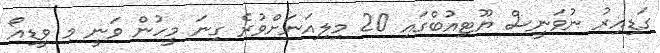
ގަޑިއިރު ނުވަނީސް ޔޫޓިއުބްގައި 20 މިލިއަނަށްވުރެ ގިނަ މީހުން ވަނީ މި ވީޑިއޯ